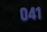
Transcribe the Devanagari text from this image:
०४१